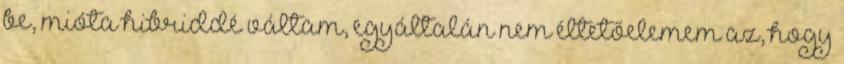
be, mióta hibriddé váltam, egyáltalán nem éltetőelemem az, hogy